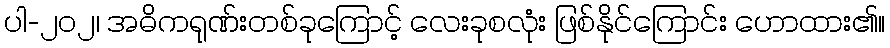
ပါ-၂၀၂၊ အဓိကရုဏ်းတစ်ခုကြောင့် လေးခုစလုံး ဖြစ်နိုင်ကြောင်း ဟောထား၏။